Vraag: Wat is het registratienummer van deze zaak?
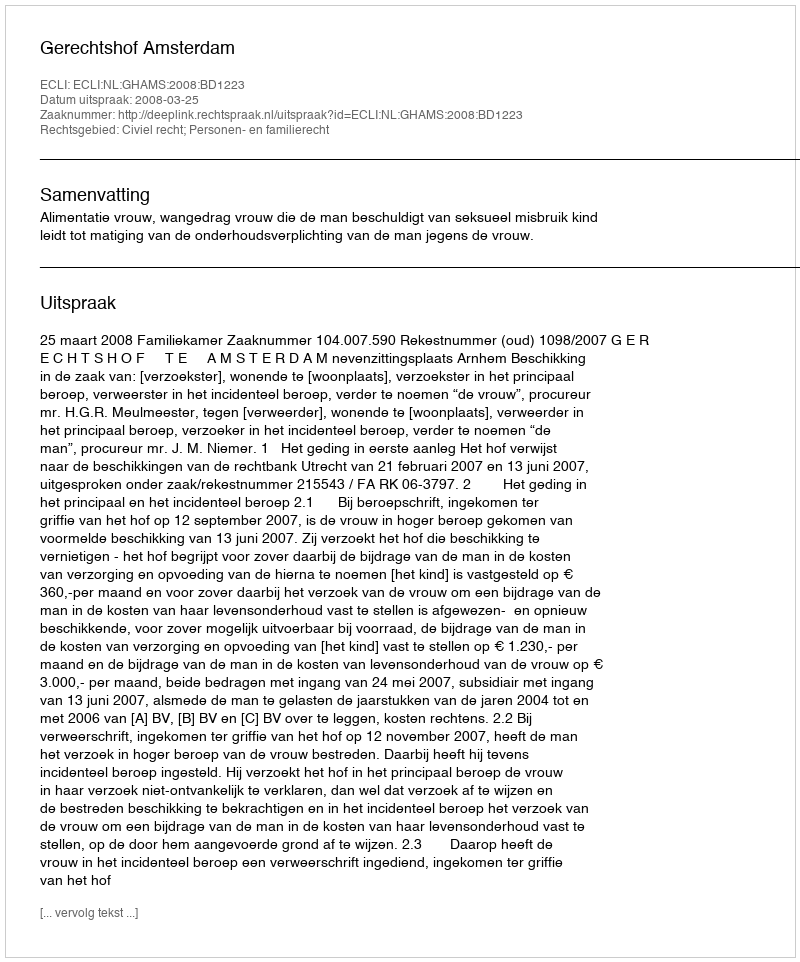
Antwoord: http://deeplink.rechtspraak.nl/uitspraak?id=ECLI:NL:GHAMS:2008:BD1223